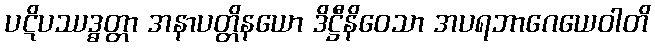
ပဋိပဿဒ္ဓတ္တာ အနာပတ္တိနယော ဒိဋ္ဌီနိဝေသာ အပရဘာဂေယေဝါတိ